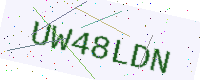
Text: UW48LDN